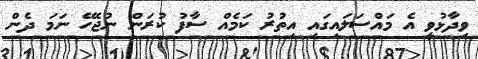
ވިދާޅުވީ އެ މައްސަލައިގައި އިތުރު ކަމެއް ސާފު ކުރަން ނުޖެހޭ ނަމަ ދެން